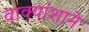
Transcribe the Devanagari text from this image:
वाक्यांशाने